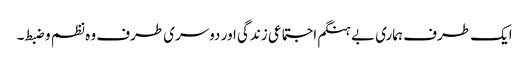
ایک طرف ہماری بے ہنگم اجتماعی زندگی اور دوسری طرف وہ نظم و ضبط۔